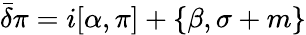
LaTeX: \bar{\delta}\pi=i[\alpha,\pi]+\{ \beta,\sigma+m\}